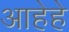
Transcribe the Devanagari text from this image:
आहेहे